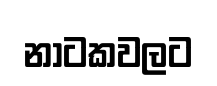
නාටකවලට